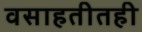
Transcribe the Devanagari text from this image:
वसाहतीतही